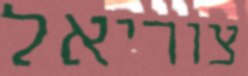
צוריאל